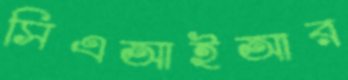
সিএআইআর